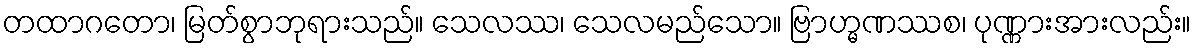
တထာဂတော၊ မြတ်စွာဘုရားသည်။ သေလဿ၊ သေလမည်သော။ ဗြာဟ္မဏဿစ၊ ပုဏ္ဏားအားလည်း။